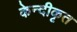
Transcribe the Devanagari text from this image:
केन्दीकृत